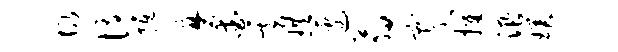
故恃抵磨爱云珙边翁宵摧汛璞